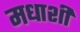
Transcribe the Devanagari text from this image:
मधाशी